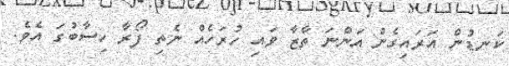
ކަނޑުން އަރައިގެން އަންނަ ތާޒާ ވައި ހުރަހެއް ނެތި ފޯރާ ހިސާބުގަ އެވެ.